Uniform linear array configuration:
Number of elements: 24
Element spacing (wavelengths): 0.75
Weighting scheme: uniform
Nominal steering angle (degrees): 60
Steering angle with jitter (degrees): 58.68
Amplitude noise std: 0.05
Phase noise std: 0.05

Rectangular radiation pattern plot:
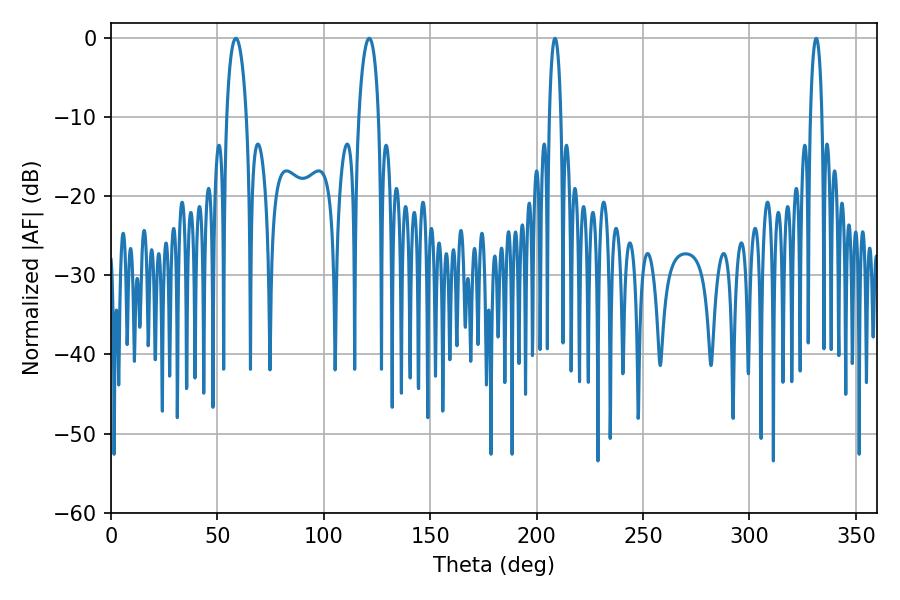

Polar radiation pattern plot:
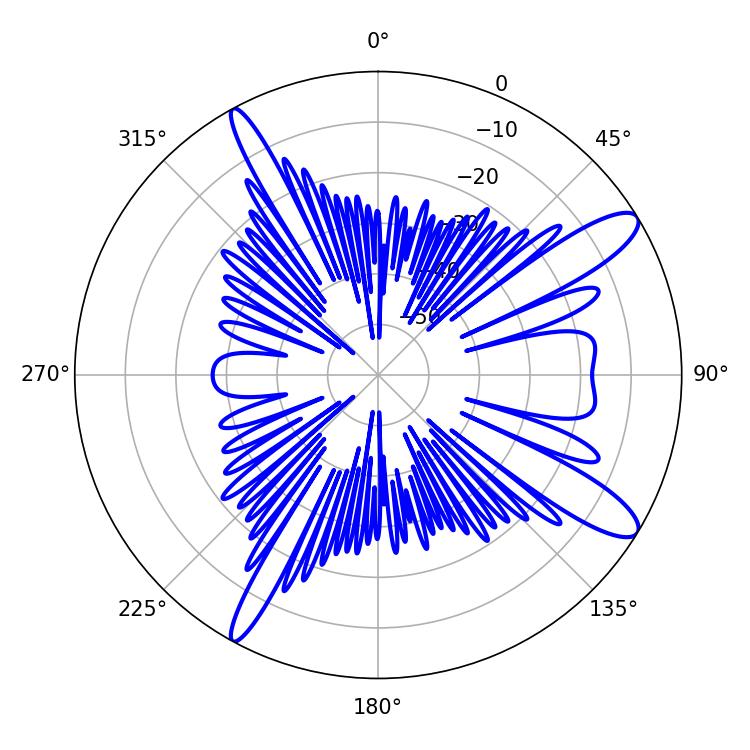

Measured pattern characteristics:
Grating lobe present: TRUE
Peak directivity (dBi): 12.044
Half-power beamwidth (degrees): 5.22
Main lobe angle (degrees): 58.68